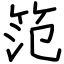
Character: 笵